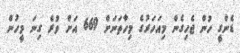
ޑެންގީ ހުން ޖެހިގެން މިއަހަރުގެ މިހާތަނަށް 669 އަށް ވުރެ ގިނަ މީހުން